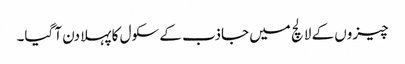
چیزوں کے لالچ میں جاذب کے سکول کا پہلا دن آ گیا۔